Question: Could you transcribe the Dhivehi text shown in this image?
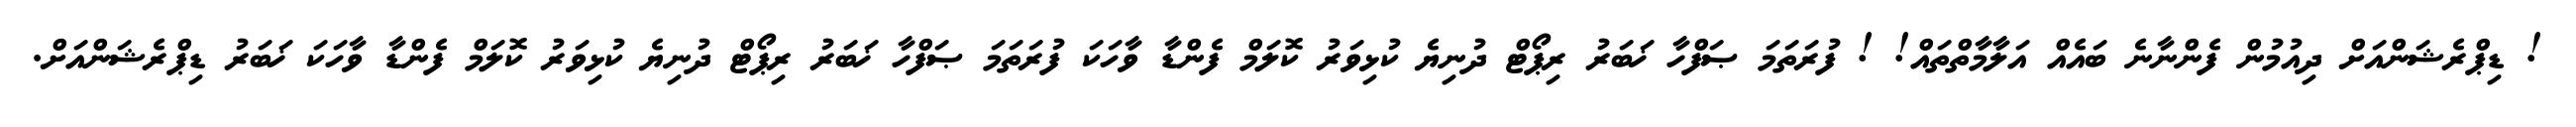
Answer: ! ޑިޕްރެޝަންއަށް ދިއުމުން ފެންނާނެ ބައެއް އަލާމާތްތައް! ! ފުރަތަމަ ޞަފްހާ ޚަބަރު ރިޕޯޓް ދުނިޔެ ކުޅިވަރު ކޮލަމް ފެންޑާ ވާހަކަ ފުރަތަމަ ޞަފްހާ ޚަބަރު ރިޕޯޓް ދުނިޔެ ކުޅިވަރު ކޮލަމް ފެންޑާ ވާހަކަ ޚަބަރު ޑިޕްރެޝަންއަށް.